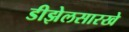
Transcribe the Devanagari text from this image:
डीझेलसारखे